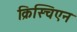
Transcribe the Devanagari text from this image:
क्रिस्चिएन